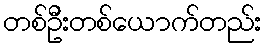
တစ်ဦးတစ်ယောက်တည်း